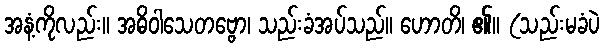
အနံ့ကိုလည်း။ အဓိဝါသေတဗ္ဗော၊ သည်းခံအပ်သည်။ ဟောတိ၊ ၏။ (သည်းမခံပဲ